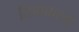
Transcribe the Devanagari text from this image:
तिवाकरम्